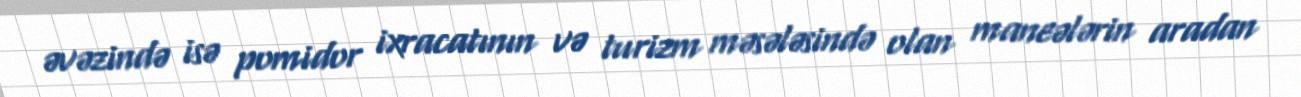
əvəzində isə pomidor ixracatının və turizm məsələsində olan maneələrin aradan